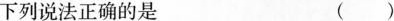
下列说法正确的是 ()